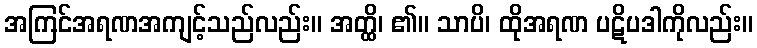
အကြင်အရဏအကျင့်သည်လည်း။ အတ္ထိ၊ ၏။ သာပိ၊ ထိုအရဏ ပဋိပဒါကိုလည်း။